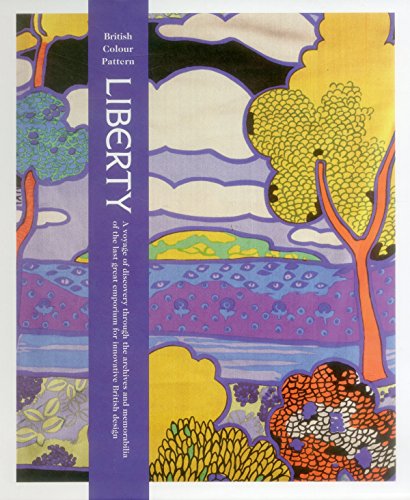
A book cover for Liberty: British Colour Pattern; Carlton Books; Crafts, Hobbies & Home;